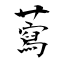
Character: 藛